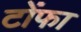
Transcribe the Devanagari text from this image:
टोंफा